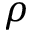
\rho